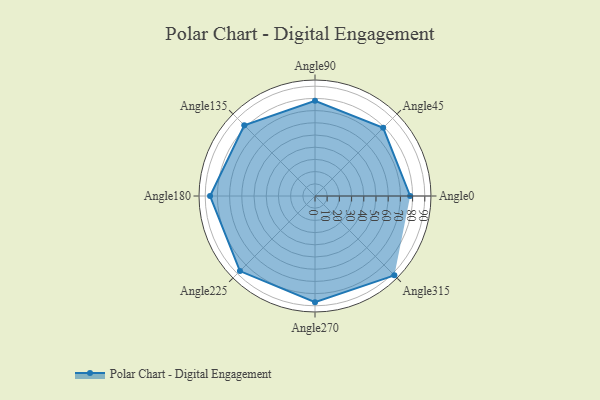
{"axis": {"x": "Angle", "y": "Radius"}, "legend": [""], "data": [{"x": "Angle0", "y": 78.0, "type": ""}, {"x": "Angle45", "y": 79.0, "type": ""}, {"x": "Angle90", "y": 78.0, "type": ""}, {"x": "Angle135", "y": 82.0, "type": ""}, {"x": "Angle180", "y": 86.0, "type": ""}, {"x": "Angle225", "y": 87.0, "type": ""}, {"x": "Angle270", "y": 87.0, "type": ""}, {"x": "Angle315", "y": 92.0, "type": ""}]}